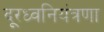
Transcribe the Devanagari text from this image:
दूरध्वनियंत्रणा